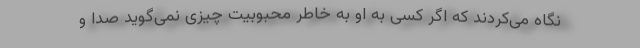
نگاه می‌کردند که اگر کسی به او به خاطر محبوبیت چیزی نمی‌گوید صدا و